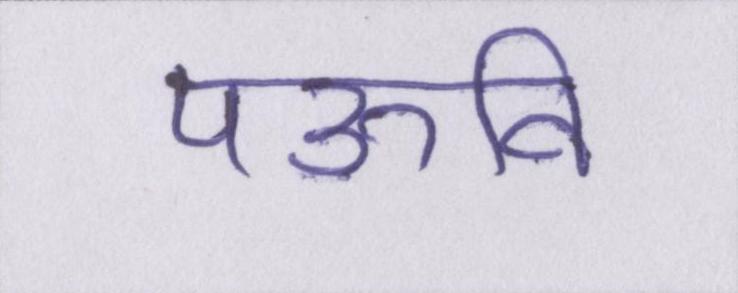
पऊवि